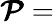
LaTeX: {\boldsymbol{\mathcal{P}}}=